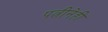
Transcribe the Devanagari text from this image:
पत्नीनेही